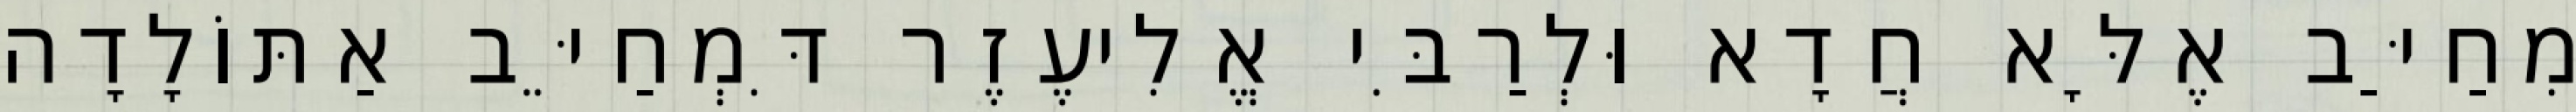
מִחַיַּב אֶלָּא חֲדָא וּלְרַבִּי אֱלִיעֶזֶר דִּמְחַיֵּב אַתּוֹלָדָה